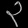
Digit: ၃